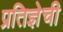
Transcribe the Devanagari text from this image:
प्रतिज्ञेची